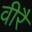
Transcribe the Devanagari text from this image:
वीरै